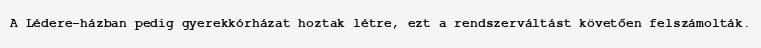
A Lédere-házban pedig gyerekkórházat hoztak létre, ezt a rendszerváltást követően felszámolták.